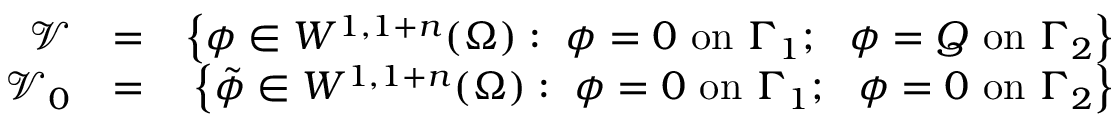
\begin{array} { r l r } { \mathcal { V } } & { = } & { \left\{ \phi \in W ^ { 1 , 1 + n } ( \Omega ) : ~ \phi = 0 \mathrm { ~ o n ~ } \Gamma _ { 1 } ; ~ ~ \phi = Q \mathrm { ~ o n ~ } \Gamma _ { 2 } \right\} } \\ { \mathcal { V } _ { 0 } } & { = } & { \left\{ \tilde { \phi } \in W ^ { 1 , 1 + n } ( \Omega ) : ~ \phi = 0 \mathrm { ~ o n ~ } \Gamma _ { 1 } ; ~ ~ \phi = 0 \mathrm { ~ o n ~ } \Gamma _ { 2 } \right\} } \end{array}